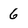
Character: 6